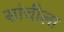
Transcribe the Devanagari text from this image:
सांचीला